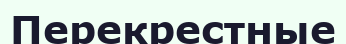
Перекрестные